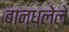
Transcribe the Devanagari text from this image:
बान्ध्लेले